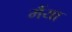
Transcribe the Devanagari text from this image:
मैंया